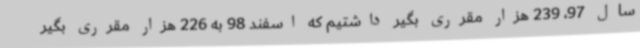
سال 97، 239 هزار مقرری بگیر داشتیم که اسفند 98 به 226 هزار مقرری بگیر